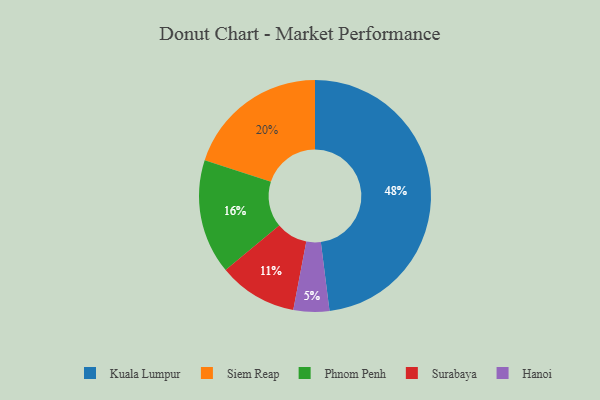
{"axis": {"x": "Category", "y": "Percentage"}, "legend": ["Hanoi", "Kuala Lumpur", "Phnom Penh", "Siem Reap", "Surabaya"], "data": [{"x": "Siem Reap", "y": 20, "type": "Siem Reap"}, {"x": "Phnom Penh", "y": 16, "type": "Phnom Penh"}, {"x": "Surabaya", "y": 11, "type": "Surabaya"}, {"x": "Kuala Lumpur", "y": 48, "type": "Kuala Lumpur"}, {"x": "Hanoi", "y": 5, "type": "Hanoi"}]}